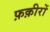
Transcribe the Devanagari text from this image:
फ़क़ीरों